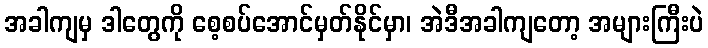
အခါကျမှ ဒါတွေကို စေ့စပ်အောင်မှတ်နိုင်မှာ၊ အဲဒီအခါကျတော့ အများကြီးပဲ